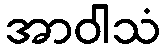
အာဝါသံ